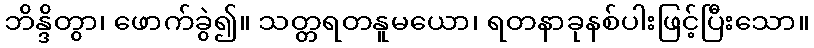
ဘိန္ဒိတွာ၊ ဖောက်ခွဲ၍။ သတ္တရတနူမယော၊ ရတနာခုနစ်ပါးဖြင့်ပြီးသော။